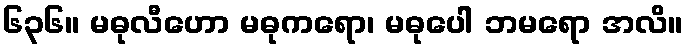
၆၃၆။ မဓုလီဟော မဓုကရော၊ မဓုပေါ ဘမရော အလိ။